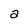
Character: a